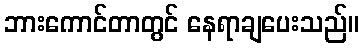
ဘားကောင်တာတွင် နေရာချပေးသည်။